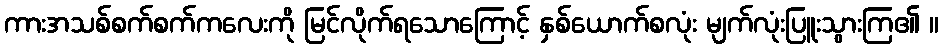
ကားအသစ်စက်စက်ကလေးကို မြင်လိုက်ရသောကြောင့် နှစ်ယောက်စလုံး မျက်လုံးပြူးသွားကြ၏ ။